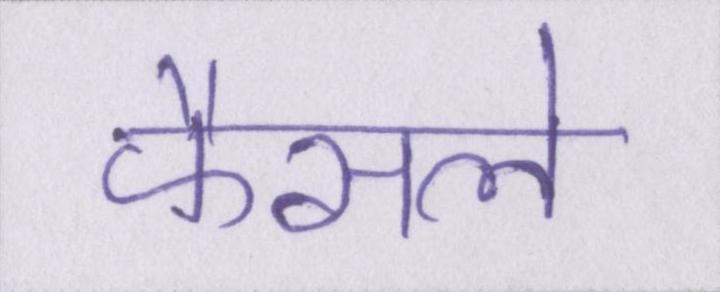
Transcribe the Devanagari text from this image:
फैसले